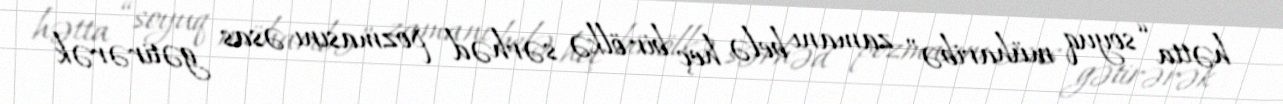
hətta “soyuq müharibə” zamanı belə heç bir ölkə sərhəd pozmasını əsas gətirərək